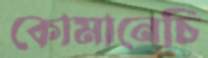
কোমানেচি